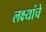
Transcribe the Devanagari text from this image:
लक्ष्यांचे